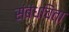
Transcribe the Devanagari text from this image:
संबंधचिंता